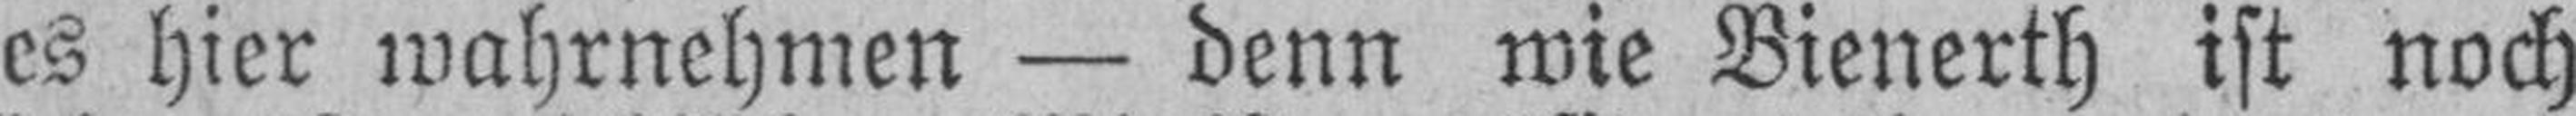
es hier wahrnehmen — denn wie Bienerth ist noch